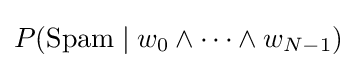
P({\text{Spam}}\mid w_{0}\wedge \cdots \wedge w_{N-1})